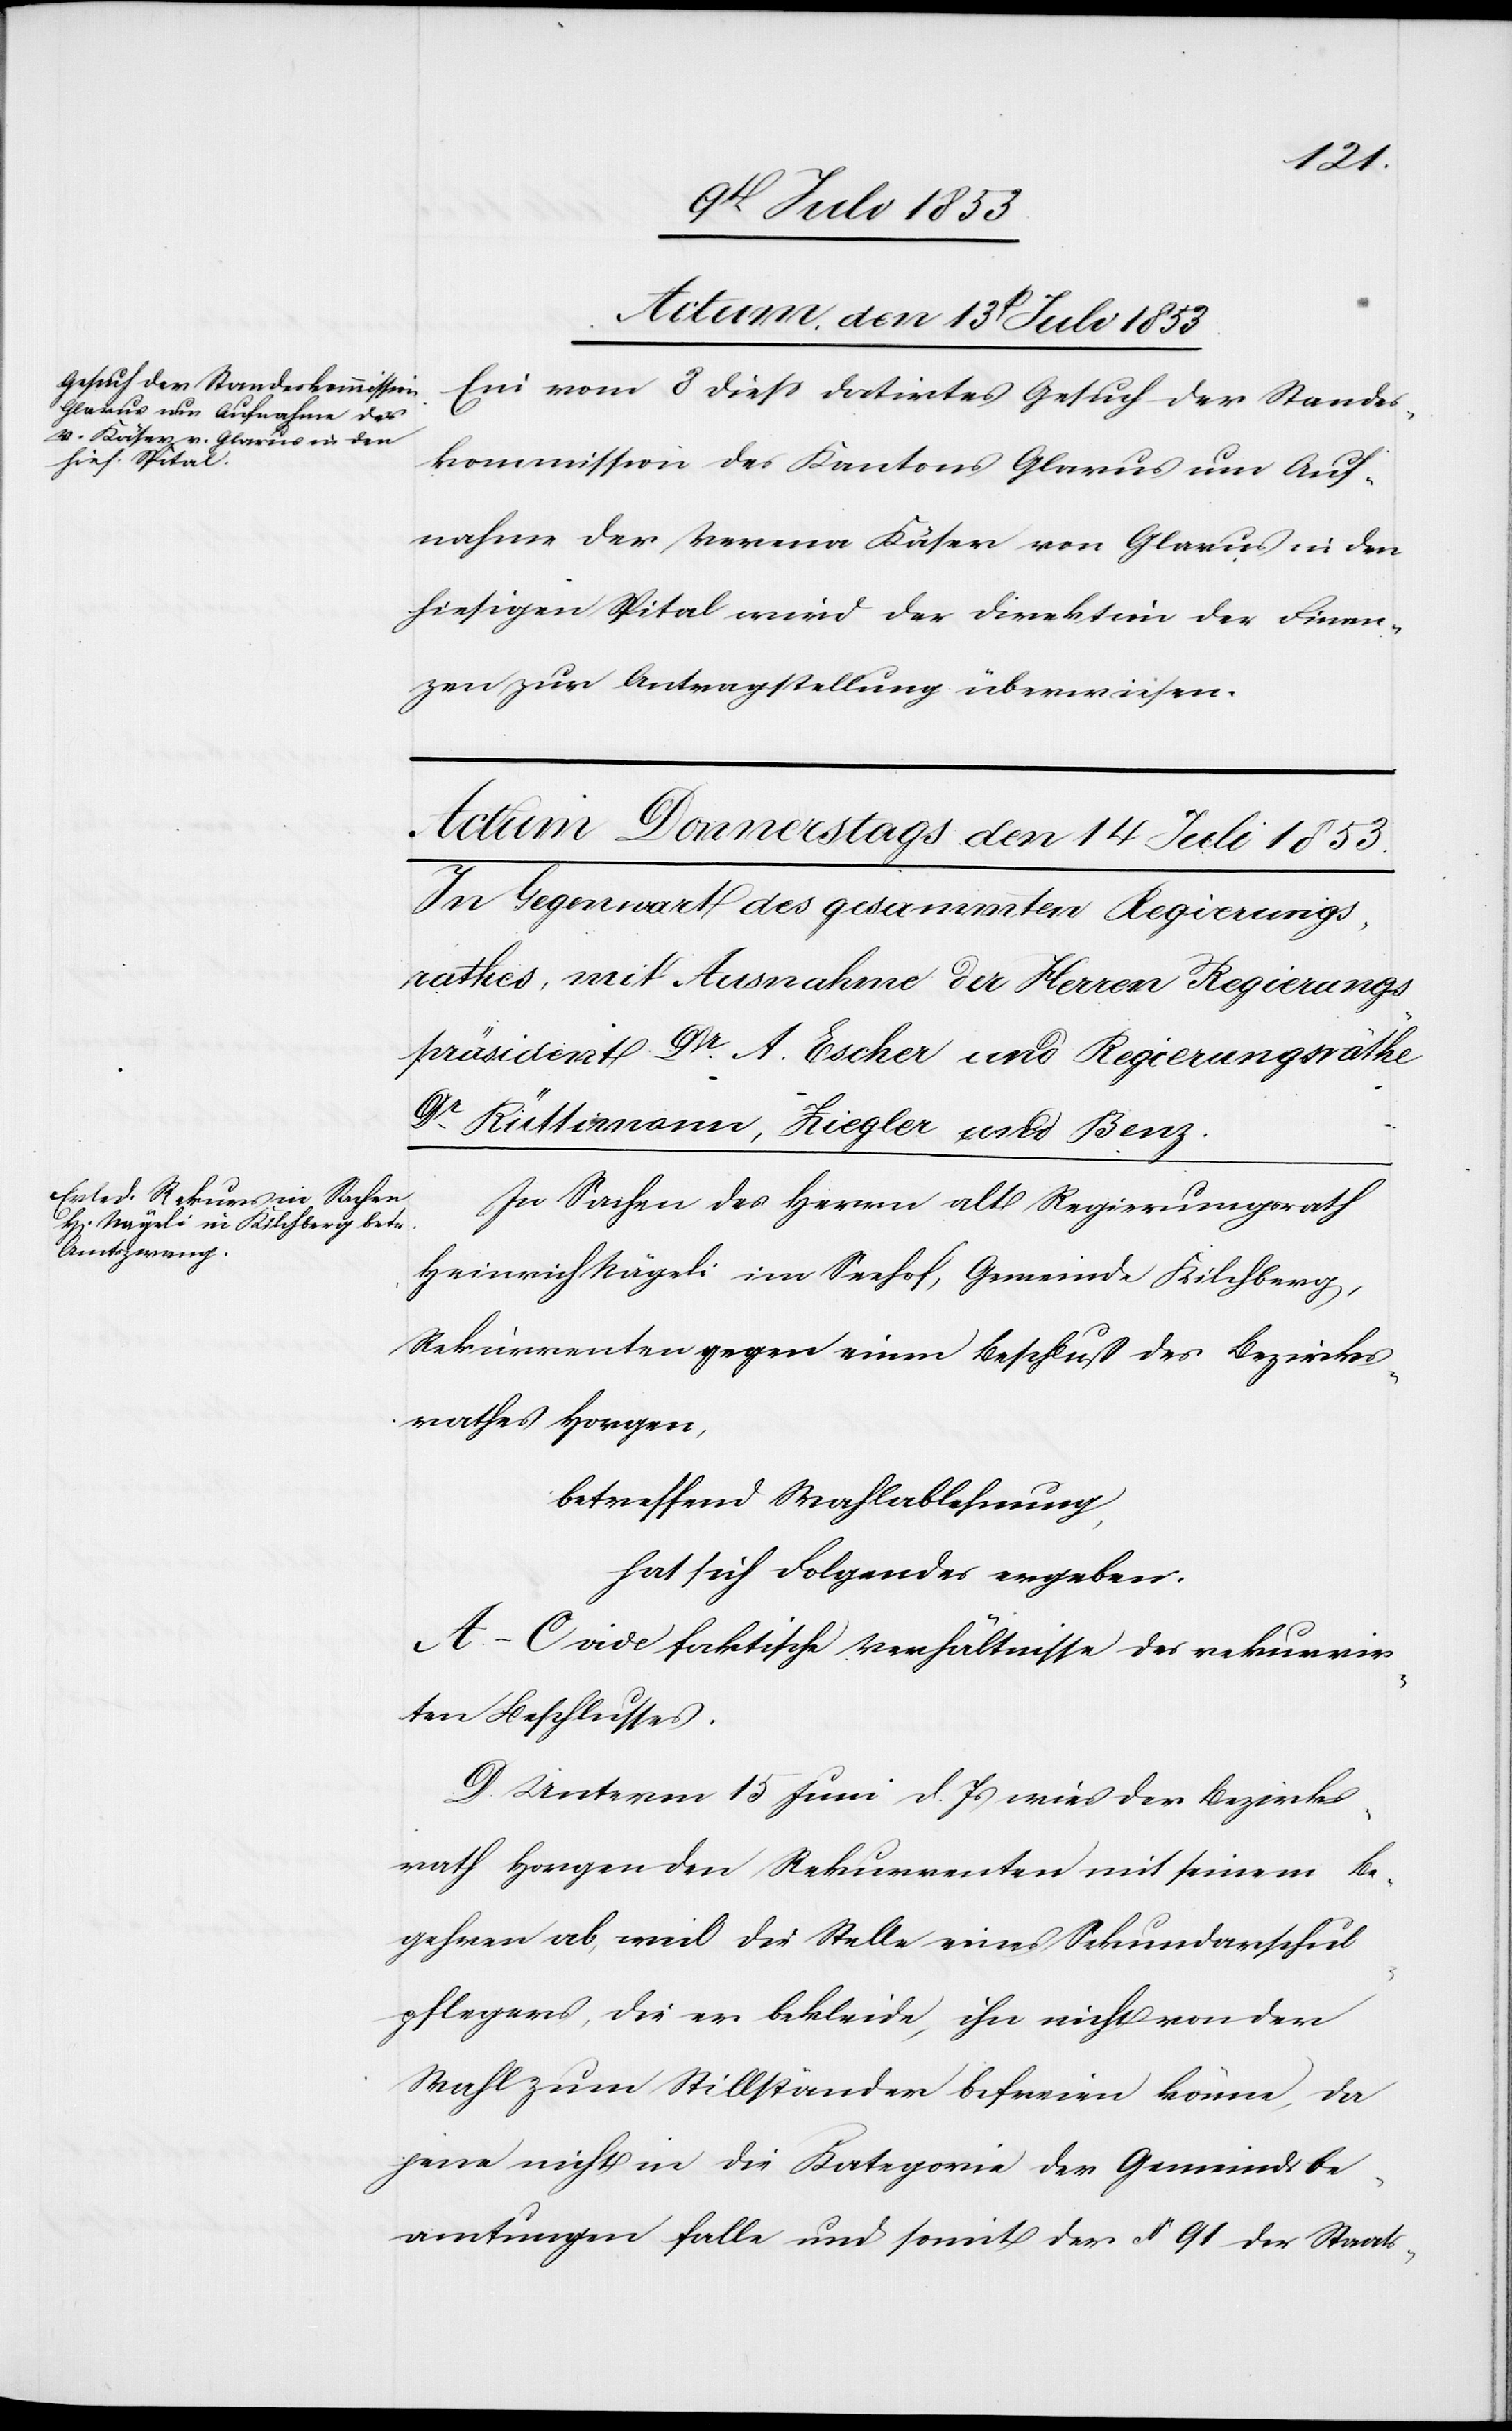
Actum den 13t Juli 1853.
Ein vom 8 dieß datirtes Gesuch der Standes¬
kommission des Kantons Glarus um Auf¬
nahme der Verena Käser von Glarus in den
hiesigen Spital wird der Direktion der Finan¬
zen zur Antragstellung überwiesen.
In Sachen des Herrn alt Regierungsrath
Heinrich Nägeli im Seehof, Gemeinde Kilchberg,
Rekurrenten gegen einen Beschluß des Bezirks¬
rathes Horgen,
betreffend Wahlablehnung,
hat sich Folgendes ergeben:
A.–C. vide faktische Verhältnisse des rekurrir¬
ten Beschlusses.
D. Unterm 15 Juni d. Js. wies der Bezirks¬
rath Horgen den Rekurrenten mit seinem Be¬
gehren ab, weil die Stelle eines Sekundarschul¬
pflegers, die er bekleide, ihn nicht von der
Wahl zum Stillständer befreien könne, da
jene nicht in die Kategorie der Gemeindsbe¬
amtungen falle und somit der § 91 der Staats-